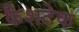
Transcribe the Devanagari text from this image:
कैशटेक